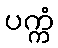
ပက္ကံ